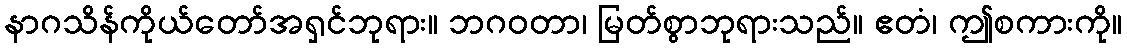
နာဂသိန်ကိုယ်တော်အရှင်ဘုရား။ ဘဂဝတာ၊ မြတ်စွာဘုရားသည်။ ဧတံ၊ ဤစကားကို။